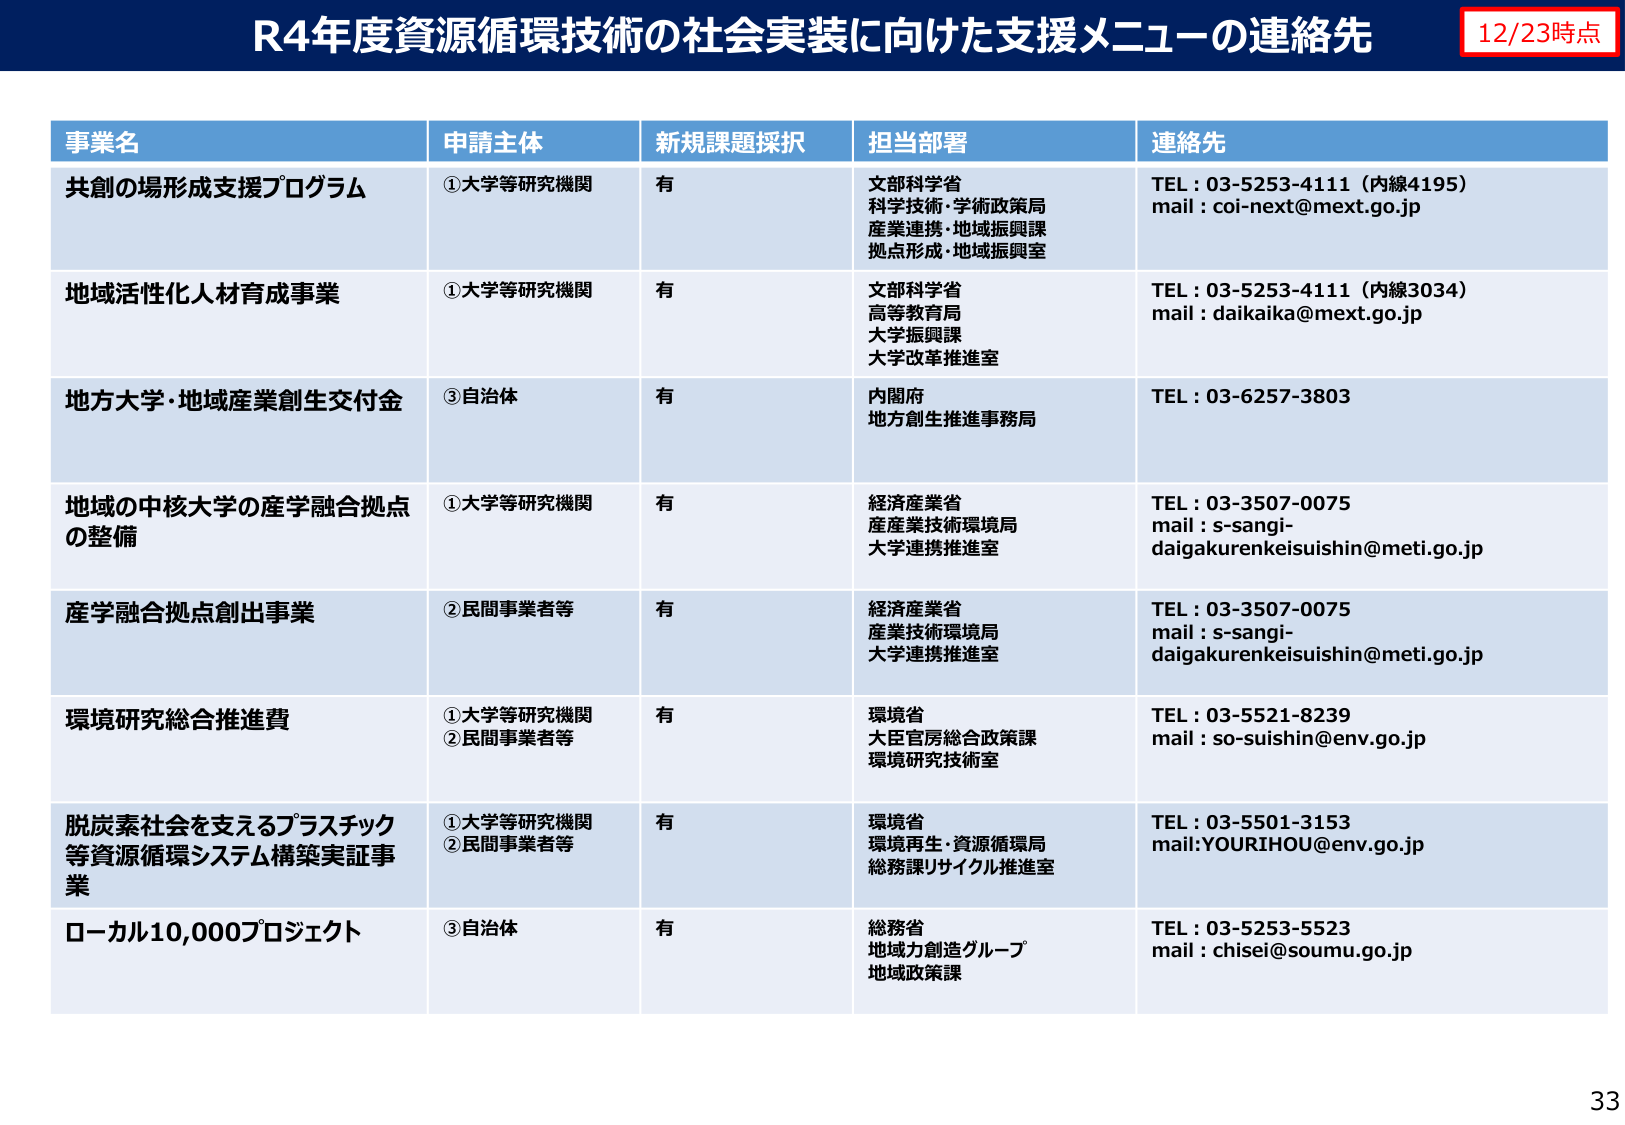
R4年度資源循環技術の社会実装に向けた支援メニューの連絡先
12/23時点

事業名 申請主体 新規課題採択 担当部署 連絡先

共創の場形成支援プログラム ①大学等研究機関 有 文部科学省 科学技術・学術政策局 産業連携・地域振興課 拠点形成・地域振興室 TEL：03-5253-4111（内線4195） mail：coi-next@mext.go.jp

地域活性化人材育成事業 ①大学等研究機関 有 文部科学省 高等教育局 大学振興課 大学改革推進室 TEL：03-5253-4111（内線3034） mail：daikaika@mext.go.jp

地方大学・地域産業創生交付金 ③自治体 有 内閣府 地方創生推進事務局 TEL：03-6257-3803

地域の中核大学の産学融合拠点の整備 ①大学等研究機関 有 経済産業省 産業技術環境局 大学連携推進室 TEL：03-3507-0075 mail：s-sangi-daigakurenkeisuishin@meti.go.jp

産学融合拠点創出事業 ②民間事業者等 有 経済産業省 産業技術環境局 大学連携推進室 TEL：03-3507-0075 mail：s-sangi-daigakurenkeisuishin@meti.go.jp

環境研究総合推進費 ①大学等研究機関 ②民間事業者等 有 環境省 大臣官房総合政策課 環境研究技術室 TEL：03-5521-8239 mail：so-suishin@env.go.jp

脱炭素社会を支えるプラスチック等資源循環システム構築実証事業 ①大学等研究機関 ②民間事業者等 有 環境省 環境再生・資源循環局 総務課リサイクル推進室 TEL：03-5501-3153 mail:YOURIHO@env.go.jp

ローカル10,000プロジェクト ③自治体 有 総務省 地域力創造グループ 地域政策課 TEL：03-5253-5523 mail：chisei@soumu.go.jp

33